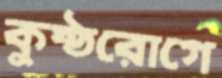
কুষ্ঠরোগে